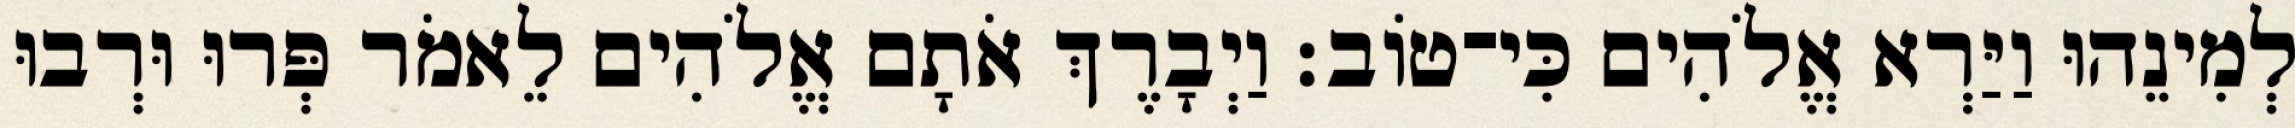
לְמִינֵהוּ וַיַּרְא אֱלֹהִים כִּי־טֹוב׃ וַיְבָרֶךְ אֹתָם אֱלֹהִים לֵאמֹר פְּרוּ וּרְבוּ